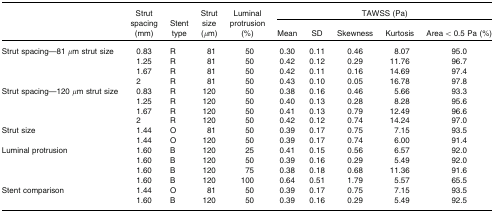
<table><thead><tr><td rowspan="2"></td><td rowspan="2"><b>Strut spacing (mm)</b></td><td rowspan="2"><b>Stent type</b></td><td rowspan="2"><b>Strut size (μm)</b></td><td rowspan="2"><b>Luminal protrusion (%)</b></td><td colspan="5"><b>TAWSS (Pa)</b></td></tr><tr><td><b>Mean</b></td><td><b>SD</b></td><td><b>Skewness</b></td><td><b>Kurtosis</b></td><td><b>Area &lt; 0.5 Pa (%)</b></td></tr></thead><tbody><tr><td rowspan="4">Strut spacing—81 μm strut size</td><td>0.83</td><td>R</td><td>81</td><td>50</td><td>0.30</td><td>0.11</td><td>0.46</td><td>8.07</td><td>95.0</td></tr><tr><td>1.25</td><td>R</td><td>81</td><td>50</td><td>0.42</td><td>0.12</td><td>0.29</td><td>11.76</td><td>96.7</td></tr><tr><td>1.67</td><td>R</td><td>81</td><td>50</td><td>0.42</td><td>0.11</td><td>0.16</td><td>14.69</td><td>97.4</td></tr><tr><td>2</td><td>R</td><td>81</td><td>50</td><td>0.43</td><td>0.10</td><td>0.05</td><td>16.78</td><td>97.8</td></tr><tr><td rowspan="4">Strut spacing—120 μm strut size</td><td>0.83</td><td>R</td><td>120</td><td>50</td><td>0.38</td><td>0.16</td><td>0.46</td><td>5.66</td><td>93.3</td></tr><tr><td>1.25</td><td>R</td><td>120</td><td>50</td><td>0.40</td><td>0.13</td><td>0.28</td><td>8.28</td><td>95.6</td></tr><tr><td>1.67</td><td>R</td><td>120</td><td>50</td><td>0.41</td><td>0.13</td><td>0.79</td><td>12.49</td><td>96.6</td></tr><tr><td>2</td><td>R</td><td>120</td><td>50</td><td>0.42</td><td>0.12</td><td>0.74</td><td>14.24</td><td>97.0</td></tr><tr><td rowspan="2">Strut size</td><td>1.44</td><td>O</td><td>81</td><td>50</td><td>0.39</td><td>0.17</td><td>0.75</td><td>7.15</td><td>93.5</td></tr><tr><td>1.44</td><td>O</td><td>120</td><td>50</td><td>0.39</td><td>0.17</td><td>0.74</td><td>6.00</td><td>91.4</td></tr><tr><td rowspan="4">Luminal protrusion</td><td>1.60</td><td>B</td><td>120</td><td>25</td><td>0.41</td><td>0.15</td><td>0.56</td><td>6.57</td><td>92.0</td></tr><tr><td>1.60</td><td>B</td><td>120</td><td>50</td><td>0.39</td><td>0.16</td><td>0.29</td><td>5.49</td><td>92.0</td></tr><tr><td>1.60</td><td>B</td><td>120</td><td>75</td><td>0.38</td><td>0.18</td><td>0.68</td><td>11.36</td><td>91.6</td></tr><tr><td>1.60</td><td>B</td><td>120</td><td>100</td><td>0.64</td><td>0.51</td><td>1.79</td><td>5.57</td><td>65.5</td></tr><tr><td rowspan="2">Stent comparison</td><td>1.44</td><td>O</td><td>81</td><td>50</td><td>0.39</td><td>0.17</td><td>0.75</td><td>7.15</td><td>93.5</td></tr><tr><td>1.60</td><td>B</td><td>120</td><td>50</td><td>0.39</td><td>0.16</td><td>0.29</td><td>5.49</td><td>92.5</td></tr></tbody></table>